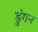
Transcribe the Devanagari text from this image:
डुंगन